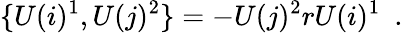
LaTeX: \{ U(i)^{1},U(j)^{2}\} =-U(j)^{2}rU(i)^{1}\ \ .